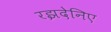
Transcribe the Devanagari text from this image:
रझदेनिए